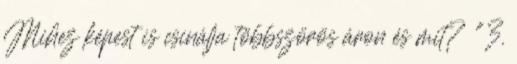
Mihez képest is csinálja többszörös áron és mit? "3.